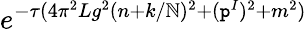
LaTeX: e^{-\tau(4\pi^{2}Lg^{2}(n+k/\mathbb{N})^{2}+(\mathtt{p}^{I})^{2}+m^{2})}